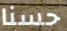
حسنا